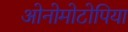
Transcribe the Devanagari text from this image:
ओनोमोटोपिया